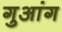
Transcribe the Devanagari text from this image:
गुआंग